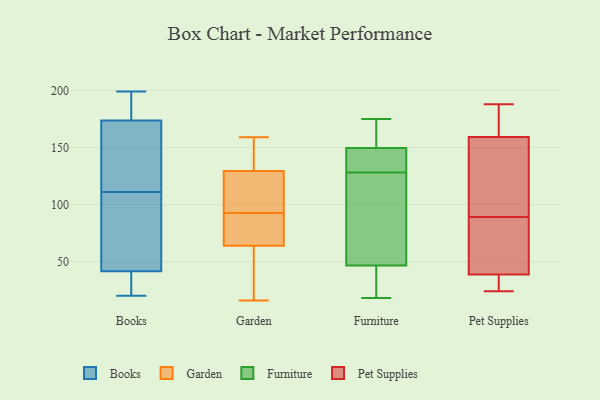
{"axis": {"x": "Net Income (USD K)", "y": "Value"}, "legend": ["Books", "Furniture", "Garden", "Pet Supplies"], "data": [{"x": "", "y": 114, "type": "Books"}, {"x": "", "y": 192, "type": "Books"}, {"x": "", "y": 20, "type": "Books"}, {"x": "", "y": 86, "type": "Books"}, {"x": "", "y": 105, "type": "Books"}, {"x": "", "y": 199, "type": "Books"}, {"x": "", "y": 142, "type": "Books"}, {"x": "", "y": 170, "type": "Books"}, {"x": "", "y": 34, "type": "Books"}, {"x": "", "y": 185, "type": "Books"}, {"x": "", "y": 28, "type": "Books"}, {"x": "", "y": 44, "type": "Books"}, {"x": "", "y": 111, "type": "Books"}, {"x": "", "y": 129, "type": "Garden"}, {"x": "", "y": 79, "type": "Garden"}, {"x": "", "y": 28, "type": "Garden"}, {"x": "", "y": 104, "type": "Garden"}, {"x": "", "y": 77, "type": "Garden"}, {"x": "", "y": 159, "type": "Garden"}, {"x": "", "y": 81, "type": "Garden"}, {"x": "", "y": 130, "type": "Garden"}, {"x": "", "y": 157, "type": "Garden"}, {"x": "", "y": 104, "type": "Garden"}, {"x": "", "y": 16, "type": "Garden"}, {"x": "", "y": 51, "type": "Garden"}, {"x": "", "y": 125, "type": "Furniture"}, {"x": "", "y": 175, "type": "Furniture"}, {"x": "", "y": 74, "type": "Furniture"}, {"x": "", "y": 18, "type": "Furniture"}, {"x": "", "y": 38, "type": "Furniture"}, {"x": "", "y": 165, "type": "Furniture"}, {"x": "", "y": 138, "type": "Furniture"}, {"x": "", "y": 143, "type": "Furniture"}, {"x": "", "y": 131, "type": "Furniture"}, {"x": "", "y": 143, "type": "Furniture"}, {"x": "", "y": 31, "type": "Furniture"}, {"x": "", "y": 41, "type": "Furniture"}, {"x": "", "y": 156, "type": "Furniture"}, {"x": "", "y": 52, "type": "Furniture"}, {"x": "", "y": 168, "type": "Furniture"}, {"x": "", "y": 87, "type": "Furniture"}, {"x": "", "y": 24, "type": "Pet Supplies"}, {"x": "", "y": 96, "type": "Pet Supplies"}, {"x": "", "y": 188, "type": "Pet Supplies"}, {"x": "", "y": 171, "type": "Pet Supplies"}, {"x": "", "y": 36, "type": "Pet Supplies"}, {"x": "", "y": 36, "type": "Pet Supplies"}, {"x": "", "y": 130, "type": "Pet Supplies"}, {"x": "", "y": 89, "type": "Pet Supplies"}, {"x": "", "y": 169, "type": "Pet Supplies"}, {"x": "", "y": 47, "type": "Pet Supplies"}, {"x": "", "y": 68, "type": "Pet Supplies"}]}